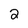
Character: 2